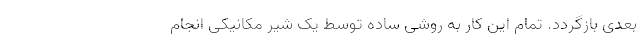
بعدی بازگردد. تمام این کار به روشی ساده توسط یک شیر مکانیکی انجام